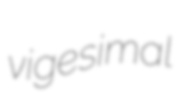
vigesimal